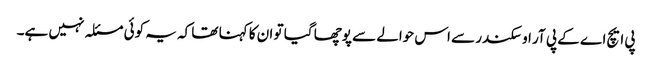
پی ایچ اے کے پی آر او سکندر سے اس حوالے سے پوچھا گیا تو ان کا کہنا تھا کہ یہ کوئی مسئلہ نہیں ہے۔